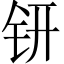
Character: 钘